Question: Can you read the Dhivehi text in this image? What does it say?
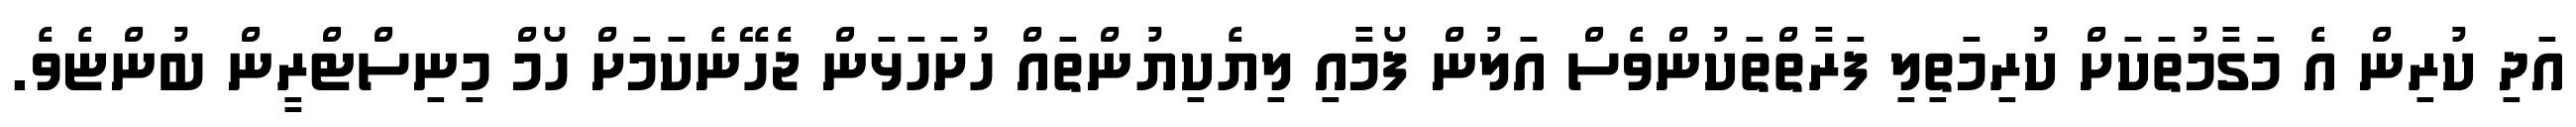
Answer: އަދި ކުރިން އެ މަގާމުތަކަށް ކުރިމަތިލި ފަރާތްތަކުންވެސް އަލުން ފޯމާއި ލިޔެކިޔުންތައް ހުށަހަޅަން ޖެހޭނެކަމަށް ހޯމް މިނިސްޓްރީން ބުންޏެވެ.